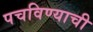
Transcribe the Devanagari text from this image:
पचविण्याची